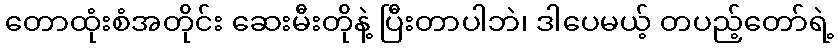
တောထုံးစံအတိုင်း ဆေးမီးတိုနဲ့ ပြီးတာပါဘဲ၊ ဒါပေမယ့် တပည့်တော်ရဲ့